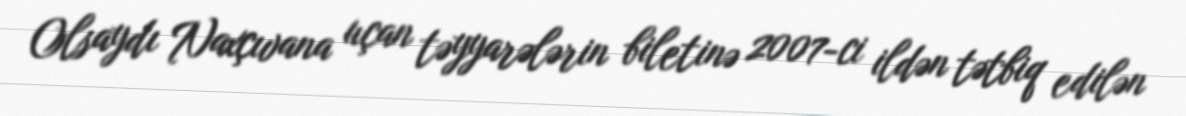
Olsaydı Naxçıvana uçan təyyarələrin biletinə 2007-ci ildən tətbiq edilən